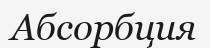
Абсорбция